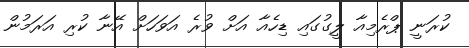
ކުރަނީ ޕްރެމިއާ ލީގުގައި ޑިހެއާ އަށް ވުރެ އަވަހަށް އޭނާ ކުރި އަރަމުން